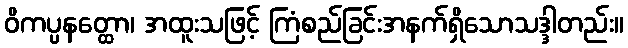
ဝိကပ္ပနတ္ထော၊ အထူးသဖြင့် ကြံစည်ခြင်းအနက်ရှိသောသဒ္ဒါတည်း။